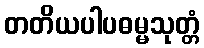
တတိယပါပဓမ္မသုတ္တံ